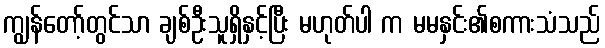
ကျွန်တော့်တွင်သာ ချစ်ဦးသူရှိနှင့်ပြီး မဟုတ်ပါ က မမနှင်း၏စကားသံသည်